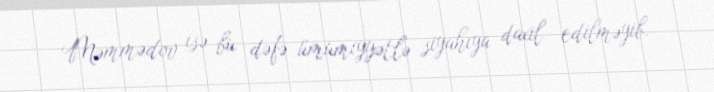
Məmmədov isə bu dəfə ümumiyyətlə siyahıya daxil edilməyib.